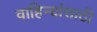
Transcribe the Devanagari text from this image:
वाहिन्यांसाठी